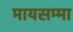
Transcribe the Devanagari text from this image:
मायसम्मा